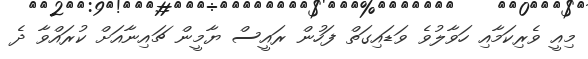
މިއީ ވެރިކަމާއި ހަވާލުވެ ވަޑައިގަތް ފަހުން ރައީސް ޔާމީން ޗައިނާއަށް ކުރައްވާ ދެ